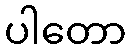
ပါတော